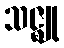
သဇ္ဈု